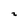
Character: 2